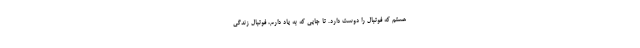
هستم که فوتبال را دوست دارد. تا جایی که به یاد دارم، فوتبال زندگی